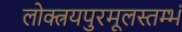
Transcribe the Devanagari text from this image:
लोक्त्रयपुरमूलस्तम्भं